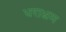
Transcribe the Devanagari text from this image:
धराभ्रम